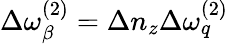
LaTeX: \Delta\omega_{\beta}^{(2)}=\Delta n_{z}\Delta\omega_{q}^{(2)}